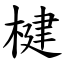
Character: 楗